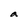
Character: a